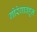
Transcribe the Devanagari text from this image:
गोरेगावहून